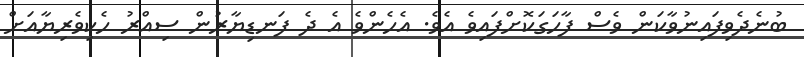
ބުނެދެވިފައިނުވާކަން ވެސް ފާހަގަކޮށްފައިވެ އެވެ. އެހެންވެ އެ ދެ ފަނޑިޔާރުން ސިއްރު ހެކިވެރިޔާއަށް